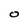
Character: O